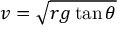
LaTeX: v = { \sqrt { r g \tan \theta } }